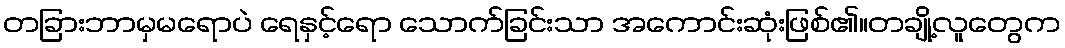
တခြားဘာမှမရောပဲ ရေနှင့်ရော သောက်ခြင်းသာ အကောင်းဆုံးဖြစ်၏။တချို့လူတွေက